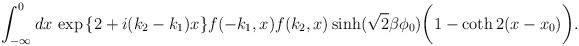
\begin{align*}\int_{-\infty}^{0}dx\,\exp{\left\{2+i(k_{2}-k_{1})x\right\}} f(-k_{1},x)f(k_{2},x)\sinh(\sqrt{2}\beta \phi_{0})\biggl( 1-\coth2(x-x_{0})\biggr).\end{align*}